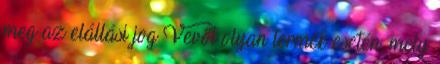
meg az elállási jog Vevőt olyan termék esetén, mely